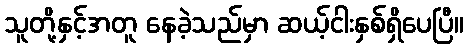
သူတို့နှင့်အတူ နေခဲ့သည်မှာ ဆယ့်ငါးနှစ်ရှိပေပြီ။